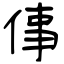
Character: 倳